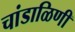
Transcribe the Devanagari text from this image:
चांडाळिणी